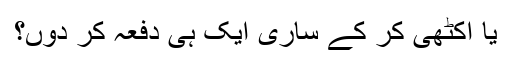
یا اکٹھی کر کے ساری ایک ہی دفعہ کر دوں؟